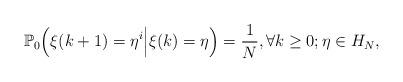
LaTeX: \begin{align*}\mathbb{P}_{0}\Big(\xi(k+1)=\eta^{i}\Big|\xi(k)=\eta\Big)=\frac{1}{N}, \forall k \geq 0; \eta \in H_{N},\end{align*}